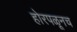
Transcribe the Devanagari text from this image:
होरपळूनच